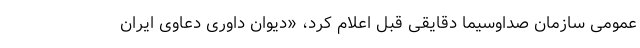
عمومی سازمان صداوسیما دقایقی قبل اعلام کرد، «دیوان داوری دعاوی ایران